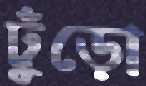
ঢুঁড়ো